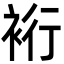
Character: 裄